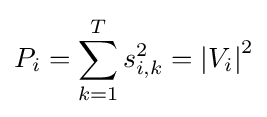
P_{i}=\sum _{k=1}^{T}{s_{i,k}^{2}}=\left|V_{i}\right|^{2}